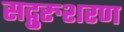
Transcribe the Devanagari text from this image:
सद्गुरुशरण